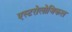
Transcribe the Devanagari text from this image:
एस्टरोलोजिकल